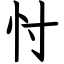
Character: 忖